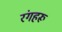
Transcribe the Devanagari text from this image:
रंगहरू